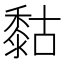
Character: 𪏻